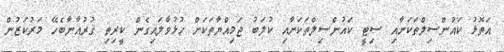
އަތޮޅު ކައުންސިލްތަކަށާއި ސިޓީ ކައުންސިލްތަކަށާއި ކުލަބު ޖަމިއްޔާތަކަށް ހުޅުވާލައިގެން ކީރިތި ޤުރުއާނާބެހޭ މަރުކަޒުން